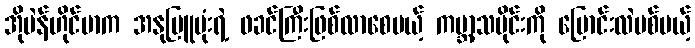
အိုပဲန်ဟိုင်မာက အနုမြူဗုံးရဲ့ ဖခင်ကြီးဖြစ်လာစေမယ့် ကမ္ဘာ့သမိုင်းကို ပြောင်းလဲပစ်မယ့်